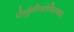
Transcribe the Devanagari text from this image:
पोर्तुगीजांविरुध्द